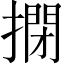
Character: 𢲾